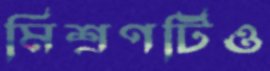
মিশ্রণটিও